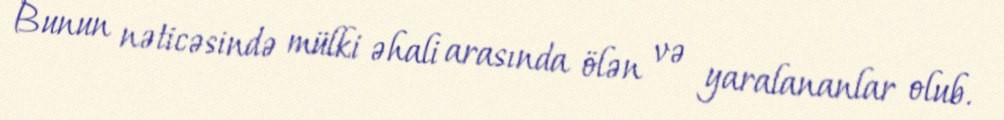
Bunun nəticəsində mülki əhali arasında ölən və yaralananlar olub.